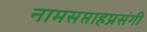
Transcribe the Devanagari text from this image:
नामसप्ताहप्रसंगी